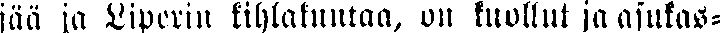
jää ja Liperin kihlakuntaa, on kuollut ja asukas-